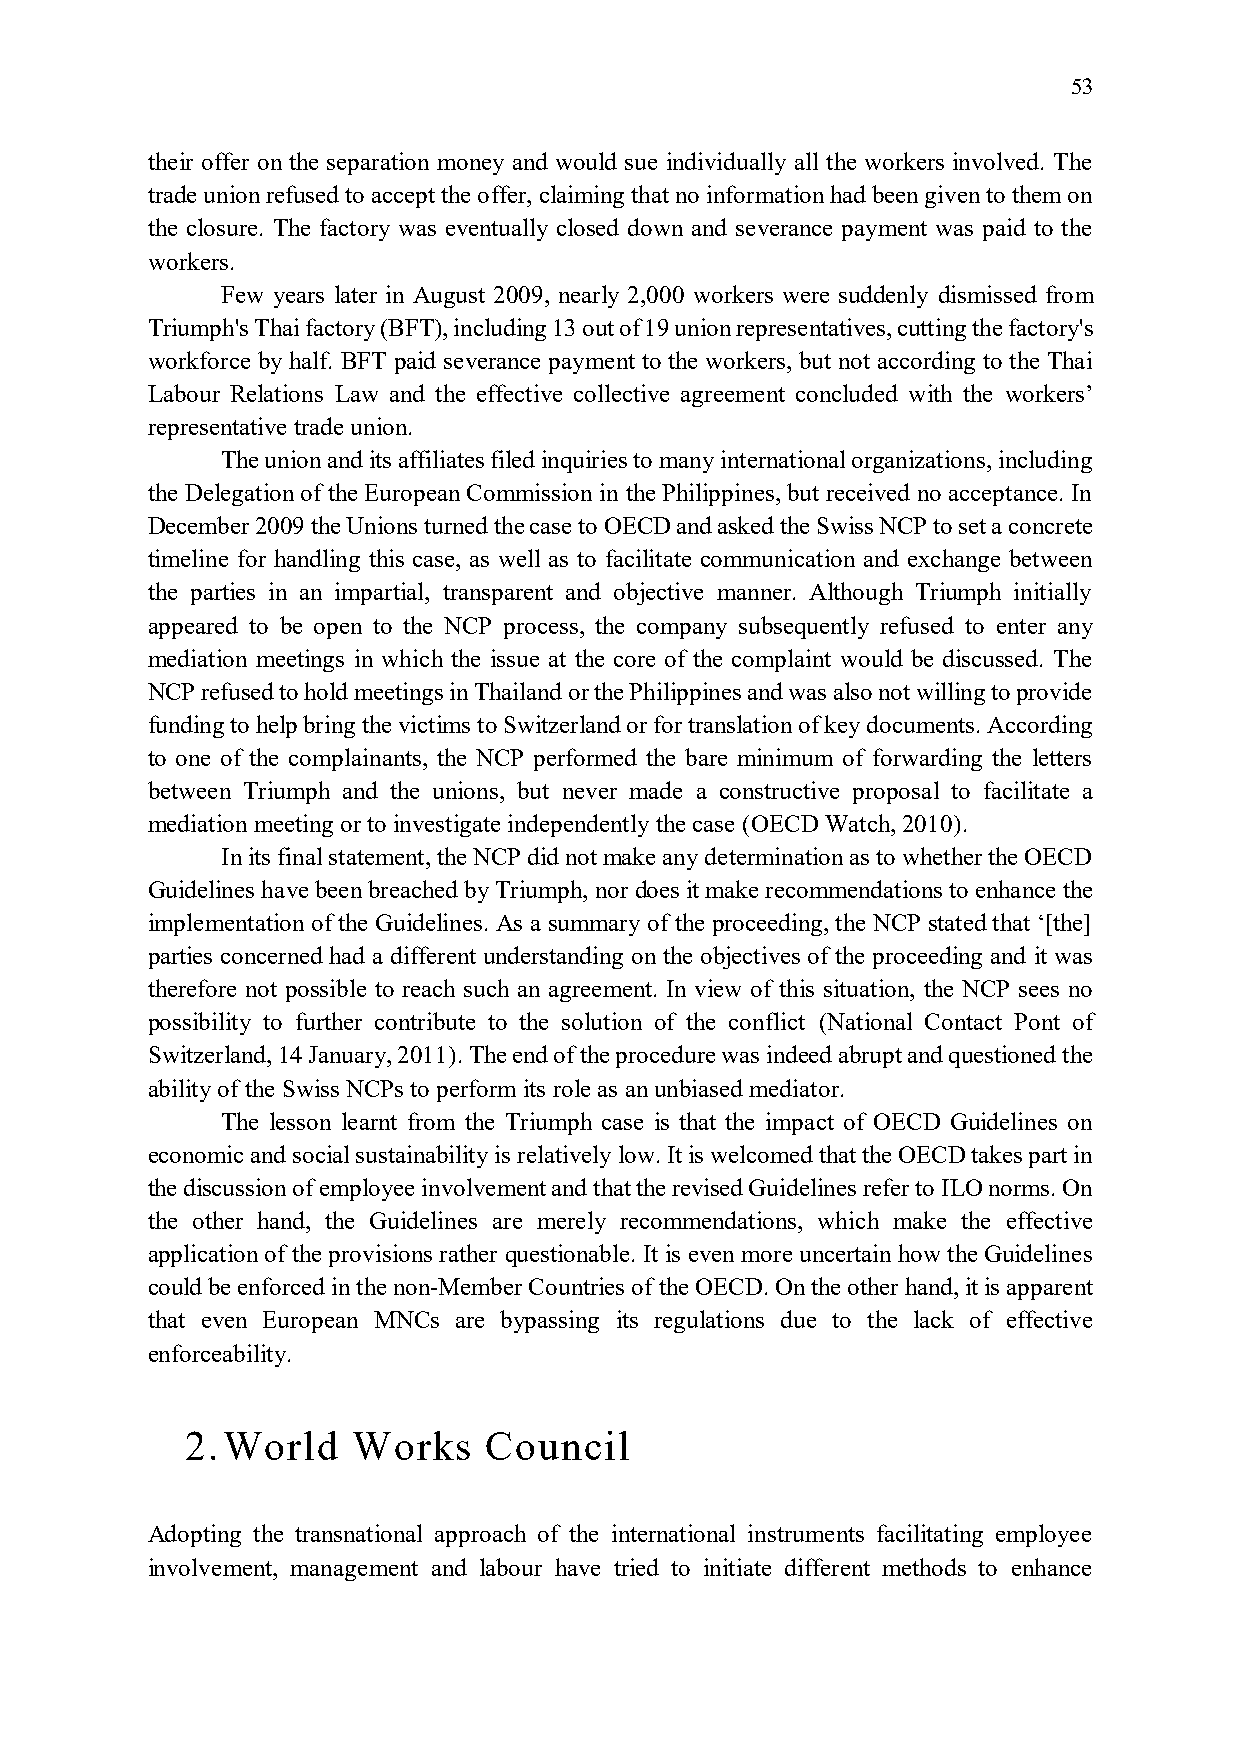
53
 their offer on the separation money and would sue individually all the workers involved. The
 trade union refused to accept the offer, claiming that no information had been given to them on
 the closure. The factory was eventually closed down and severance payment was paid to the
 workers.
 Few years later in August 2009, nearly 2,000 workers were suddenly dismissed from
 Triumph's Thai factory (BFT), including 13 out of 19 union representatives, cutting the factory's
 workforce by half. BFT paid severance payment to the workers, but not according to the Thai
 Labour Relations Law and the effective collective agreement concluded with the workers’
 representative trade union.
 The union and its affiliates filed inquiries to many international organizations, including
 the Delegation of the European Commission in the Philippines, but received no acceptance. In
 December 2009 the Unions turned the case to OECD and asked the Swiss NCP to set a concrete
 timeline for handling this case, as well as to facilitate communication and exchange between
 the parties in an impartial, transparent and objective manner. Although Triumph initially
 appeared to be open to the NCP process, the company subsequently refused to enter any
 mediation meetings in which the issue at the core of the complaint would be discussed. The
 NCP refused to hold meetings in Thailand or the Philippines and was also not willing to provide
 funding to help bring the victims to Switzerland or for translation of key documents. According
 to one of the complainants, the NCP performed the bare minimum of forwarding the letters
 between Triumph and the unions, but never made a constructive proposal to facilitate a
 mediation meeting or to investigate independently the case (OECD Watch, 2010).
 In its final statement, the NCP did not make any determination as to whether the OECD
 Guidelines have been breached by Triumph, nor does it make recommendations to enhance the
 implementation of the Guidelines. As a summary of the proceeding, the NCP stated that ‘[the]
 parties concerned had a different understanding on the objectives of the proceeding and it was
 therefore not possible to reach such an agreement. In view of this situation, the NCP sees no
 possibility to further contribute to the solution of the conflict (National Contact Pont of
 Switzerland, 14 January, 2011). The end of the procedure was indeed abrupt and questioned the
 ability of the Swiss NCPs to perform its role as an unbiased mediator.
 The lesson learnt from the Triumph case is that the impact of OECD Guidelines on
 economic and social sustainability is relatively low. It is welcomed that the OECD takes part in
 the discussion of employee involvement and that the revised Guidelines refer to ILO norms. On
 the other hand, the Guidelines are merely recommendations, which make the effective
 application of the provisions rather questionable. It is even more uncertain how the Guidelines
 could be enforced in the non-Member Countries of the OECD. On the other hand, it is apparent
 that even European MNCs are bypassing its regulations due to the lack of effective
 enforceability.
 2. World   Works    Council
 Adopting the transnational approach of the international instruments facilitating employee
 involvement, management and labour have tried to initiate different methods to enhance